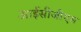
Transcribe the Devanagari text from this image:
आईसीजीएस